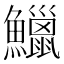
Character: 鱲